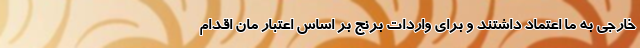
خارجی به ما اعتماد داشتند و برای واردات برنج بر اساس اعتبار مان اقدام